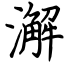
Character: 澥